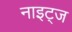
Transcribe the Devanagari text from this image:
नाइट्ज